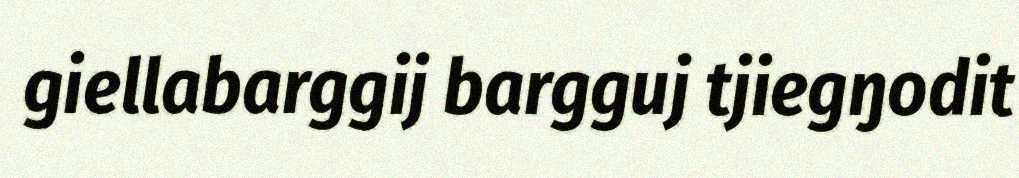
giellabarggij bargguj tjiegŋodit